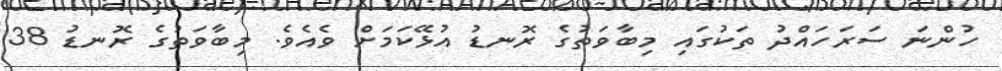
ހުންނަ ސަރަހައްދު ތަކުގައި މިބާވަތުގެ ރޮނޑު އުޅޭކަމަށް ވެއެވެ. މިބާވަތުގެ ރޮނޑު 38